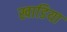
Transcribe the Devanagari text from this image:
खाडिया